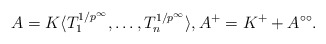
\begin{align*}A = K\langle T_1^{1/p^\infty}, \dots, T_n^{1/p^\infty}\rangle, A^+ = K^+ + A^{\circ\circ}.\end{align*}